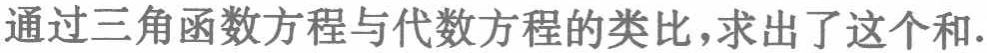
通过三角函数方程与代数方程的类比,求出了这个和.